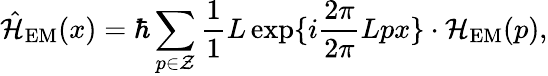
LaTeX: \hat{\cal H}_{\mathrm{EM}}(x)=\hbar\sum_{p\in\cal Z}\frac{1}{1}{L}\exp\{ i\frac{2\pi}{2\pi}{L}px\} \cdot{\cal H}_{\mathrm{EM}}(p),